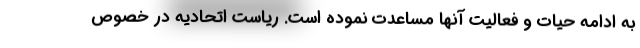
به ادامه حیات و فعالیت آنها مساعدت نموده است. ریاست اتحادیه در خصوص